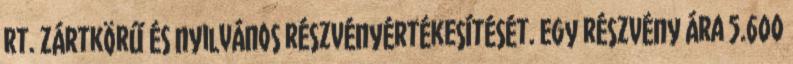
Rt. zártkörű és nyilvános részvényértékesítését. Egy részvény ára 5.600